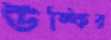
উল্কির